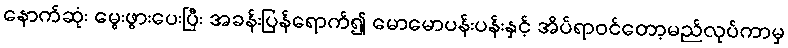
နောက်ဆုံး မွေးဖွားပေးပြီး အခန်းပြန်ရောက်၍ မောမောပန်းပန်းနှင့် အိပ်ရာဝင်တော့မည်လုပ်ကာမှ